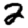
Digit: 2